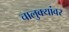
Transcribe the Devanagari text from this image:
चालुक्यांवर